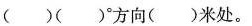
( )( )°方向( )米处。